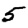
Digit: 5